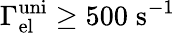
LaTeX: \Gamma_{\mathrm{el}}^{\mathrm{uni}}\ge 500\; \mathrm{s}^{-1}